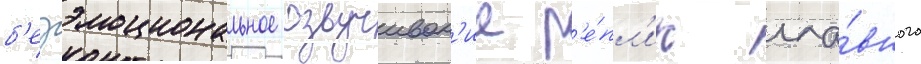
б'езэмоциональное озвучиван'ие р'е́пл'ик гла́вного